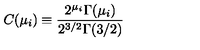
C ( \mu _ { i } ) \equiv { \frac { 2 ^ { \mu _ { i } } \Gamma ( \mu _ { i } ) } { 2 ^ { 3 / 2 } \Gamma ( 3 / 2 ) } }